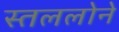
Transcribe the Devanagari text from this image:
स्तललोने